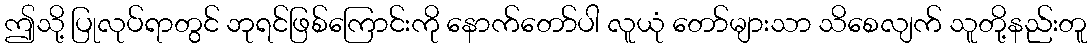
ဤသို့ ပြုလုပ်ရာတွင် ဘုရင်ဖြစ်ကြောင်းကို နောက်တော်ပါ လူယုံ တော်များသာ သိစေလျက် သူတို့နည်းတူ